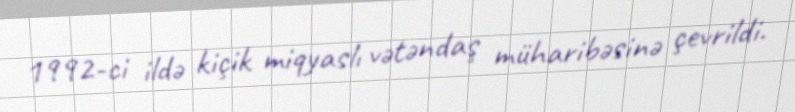
1992-ci ildə kiçik miqyaslı vətəndaş müharibəsinə çevrildi.